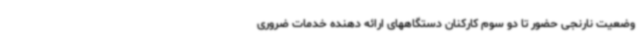
وضعیت نارنجی حضور تا دو سوم کارکنان دستگاههای ارائه دهنده خدمات ضروری